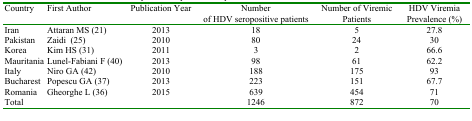
| Country | First Author | Publication Year | Numberof HDV seropositive patients | Number of Viremic Patients | HDV Viremia Prevalence (%) |
 | --- | --- | --- | --- | --- | --- |
 | Iran | Attaran MS (21) | 2013 | 18 | 5 | 27.8 |
 | Pakistan | Zaidi (25) | 2010 | 80 | 24 | 30 |
 | Korea | Kim HS (31) | 2011 | 3 | 2 | 66.6 |
 | Mauritania | Lunel-Fabiani F (40) | 2013 | 98 | 61 | 62.2 |
 | Italy | Niro GA (42) | 2010 | 188 | 175 | 93 |
 | Bucharest | Popescu GA (37) | 2013 | 223 | 151 | 67.7 |
 | Romania | Gheorghe L (36) | 2015 | 639 | 454 | 71 |
 | Total |  |  | 1246 | 872 | 70 |